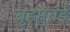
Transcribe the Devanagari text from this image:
बृहमुंबई